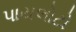
પાયલોટો